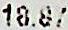
18.87